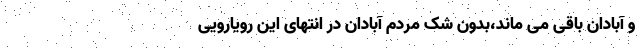
و آبادان باقی می ماند،بدون شک مردم آبادان در انتهای این رویارویی